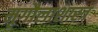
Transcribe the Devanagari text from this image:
मृगौलाशास्त्र